Medical and sanitary report of the native army of Madras for the year
Year: 1875
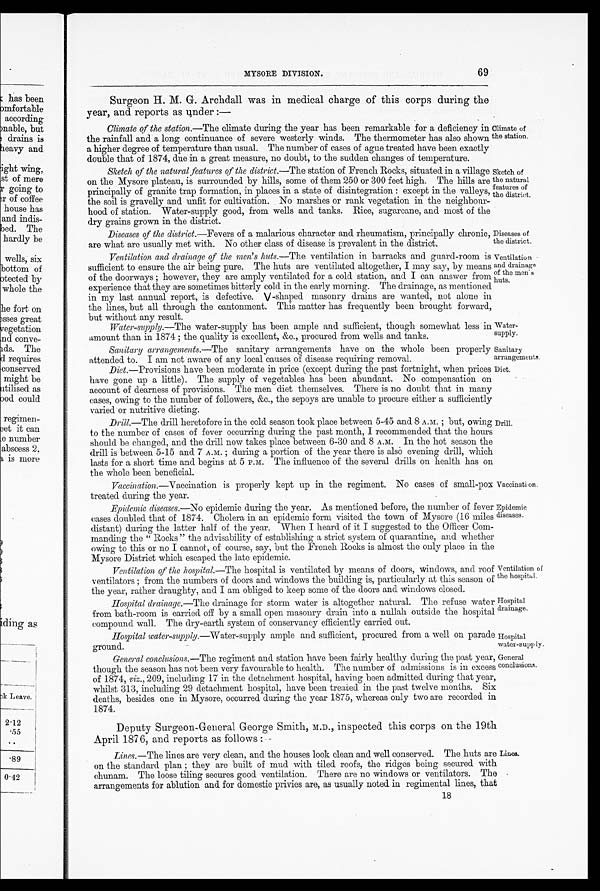
Vaccinati o
n
Epidemic
diseases.
Ventilation of
the hospital.
Hospital
drainage.
Hospital
water-supp
ly.
General
conclusions
69
MYSORE DIVISION.
Surgeon H. M. G. Archdall was in medical charge of this corps during the
year, and reports as under :—
Climate of the station. —The climate during the year has been remarkable for a deficiency in
the rainfall and a long continuance of severe westerly winds. The thermometer has also shown
a higher degree of temperature than usual. The number of cases of ague treated have been exactly
double that of 1874, due in a great measure, no doubt, to the sudden changes of temperature.
Sketch of the natural ,features of the district.-The station of French Rocks, situated in a village
on the Mysore plateau, is surrounded by hills, some of them 250 or 300 feet high. The hills are
principally of granite trap formation, in places in a state of disintegration: except in the valleys,
the soil is gravelly and unfit for cultivation. No marshes or rank vegetation in the neighbour-
hood of station. Water-supply good, from wells and tanks. Rice, sugarcane, and most of the
dry grains grown in the district.
Diseases of the district.—Fevers of a malarious character and rheumatism, principally chronic,
are what are usually met with. No other class of disease is prevalent in the district.
Ventilation and drainage of the men's huts.—The ventilation in barracks and guard-room is
sufficient to ensure the air being pure. The huts are ventilated altogether, I may say, by means
of the doorways; however, they are amply ventilated for a cold station, and I can answer from
experience that they are sometimes bitterly cold in the early morning. The drainage, as mentioned
in my last annual report, is defective. V-shaped masonry drains are wanted, not alone in
the lines, but all through the cantonment. This matter has frequently been brought forward,
but without any result.
Climate of
the station.
Sketch of
the natural
features of
the district.
Diseases of
the district.
Ventilation
and dr ai nage
of the men' s
huts.
Water-supply.—The water-supply has been ample and sufficient, though somewhat less in
amount than in 1874 ; the quality is excellent, &c., procured from wells and tanks.
Sanitary arrangements. —The sanitary arrangements have on the whole been properly
attended to. I am not aware of any local causes of disease requiring removal.
Water-
supply.
Sanitary
arrangements.
Diet.—Provisions have been moderate in price (except during the past fortnight, when prices
have gone up a little). The supply of vegetables has been abundant. No compensation on
account of dearness of provisions. The men diet themselves. There is no doubt that in many
cases, owing to the number of followers, &c., the sepoys are unable to procure either a sufficiently
varied or nutritive dieting.
Drill.—The drill heretofore in the cold season took place between 5-45 and 8 A.M.; but, owing
to the number of cases of fever occurring during the past month, I recommended that the hours
should be changed, and the drill now takes place between 6-30 and 8 A.M. In the hot season the
drill is between 5-15 and 7 A.M.; during a portion of the year there is also evening drill, which
lasts for a short time and begins at 5 P.M. The influence of the several drills on health has on
the whole been beneficial.
Vaccination .—Vaccination is properly kept up in the regiment. No cases of small-pox
treated during the year.
Epidemic diseases. —No epidemic during the year. As mentioned before, the number of fever
cases doubled that of 1874. Cholera in an epidemic form visited the town of Mysore (16 miles
distant) during the latter half of the year. When I heard of it I suggested to the Officer
Com-manding the "Rocks" the advisability of establishing a strict system of quarantine, and whether
owing to this or no I cannot, of course, say, but the French Rocks is almost the only place in the
Mysore District which escaped the late epidemic.
Ventilation of the hospital.—The hospital is ventilated by means of doors, windows, and roof
ventilators; from the numbers of doors and windows the building is, particularly at this season of
the year, rather draughty, and I am obliged to keep some of the doors and windows closed.
Hospital drainage .—The drainage for storm water is altogether natural. The refuse water
from bath-room is carried off by a small open masonry drain into a nullah outside the hospital
compound wall. The dry-earth system of conservancy efficiently carried out.
Hospital water-supply. —Water-supply ample and sufficient, procured from a well on parade
ground.
General conclusions. —The regiment and station have been fairly healthy during the past year,
though the season has not been very favourable to health. The number of admissions is in excess
of 1874, viz ., 209, including 17 in the detachment hospital, having been admitted during that year,
whilst 313, including 29 detachment hospital, have been treated in the past twelve months. Six
deaths, besides one in Mysore, occurred during the year 1875, whereas only two are recorded in
1874.
Diet.
Drill.
Deputy Surgeon-General George Smith, M.D., inspected this corps on the 19th
April 1876, and reports as follows:—
Lines .—The lines are very clean, and the houses look clean and well conserved. The huts are
on t he s t andar d pl an; t hey ar e bui l t of mud wi t h t i l ed r oof s , t he r i dges bei ng s ecur ed wi t h
chunam. The loose tiling secures good. ventilation. There are no windows or ventilators. The
arrangements for ablution and for domestic privies are, as usually noted in regimental lines, that
18
Lines.